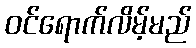
ဝင်ရောက်လိမ့်မည်